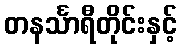
တနင်္သာရီတိုင်းနှင့်